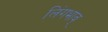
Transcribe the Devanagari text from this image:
लिंगभाव्